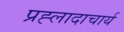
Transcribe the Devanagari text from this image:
प्रह्लादाचार्य